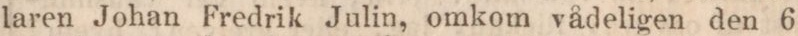
laren Johan Fredrik Julin, omkom vådeligen den 6